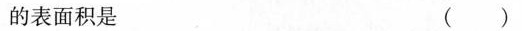
的表面积是 ( )